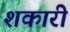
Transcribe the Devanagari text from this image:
शकारी